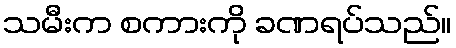
သမီးက စကားကို ခဏရပ်သည်။